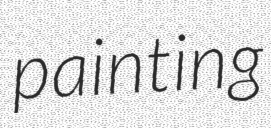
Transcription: painting